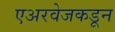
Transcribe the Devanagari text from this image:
एअरवेजकडून